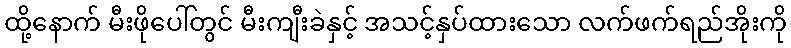
ထို့နောက် မီးဖိုပေါ်တွင် မီးကျီးခဲနှင့် အသင့်နှပ်ထားသော လက်ဖက်ရည်အိုးကို